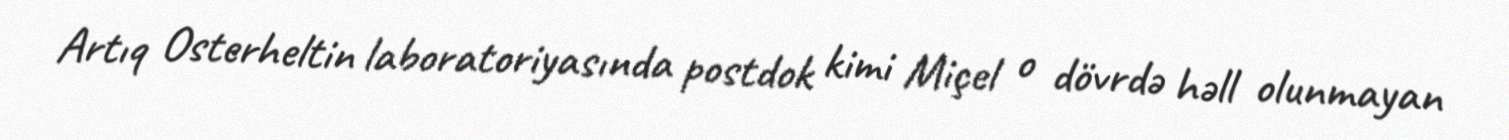
Artıq Osterheltin laboratoriyasında postdok kimi Miçel o dövrdə həll olunmayan